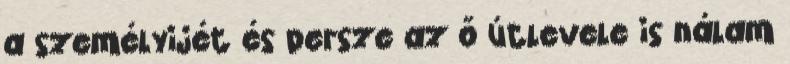
a személyijét és persze az ő útlevele is nálam